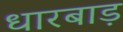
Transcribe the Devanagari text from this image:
धारबाड़